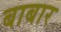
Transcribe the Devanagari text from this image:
बाबार